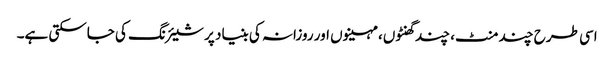
اسی طرح چند منٹ، چند گھنٹوں، مہینوں اور روزانہ کی بنیاد پر شیئرنگ کی جاسکتی ہے۔